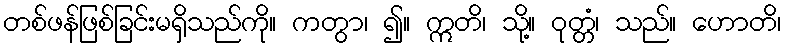
တစ်ဖန်ဖြစ်ခြင်းမရှိသည်ကို။ ကတွာ၊ ၍။ ဣတိ၊ သို့။ ဝုတ္တံ၊ သည်။ ဟောတိ၊